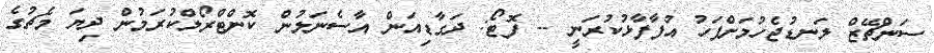
ސަންޗޭޒް ލަނޑުޖެހުމަށްފަހު އުފާފާޅުކުރަނީ -- ފޮޓޯ: ދަގާޑިއަން އާސެނަލުން ކޮންޓްރޯލްކުރަމުން ދިޔަ މެޗުގެ